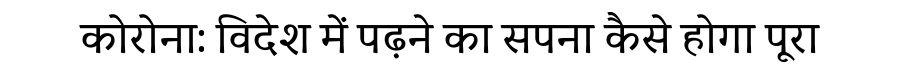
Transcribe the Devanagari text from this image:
कोरोना: विदेश में पढ़ने का सपना कैसे होगा पूरा